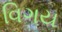
વિગય